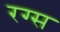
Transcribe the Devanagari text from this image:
रग्स